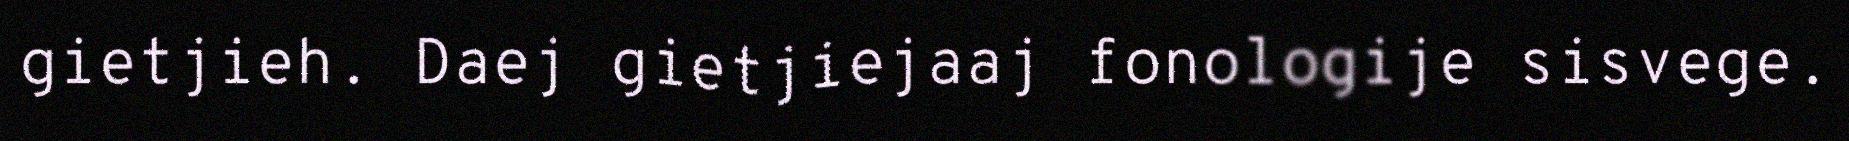
gietjieh. Daej gietjiejaaj fonologije sisvege.